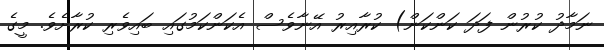
ނަމާދު ކުރުން ފަދަ ކަންކަން) ކުރާއިރު އޭނާވެސް އެކަންކަމުގައި ބައިވެރި ކުރާށެވެ. މީގެ